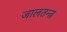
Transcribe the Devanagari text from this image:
जालतन्त्र